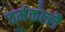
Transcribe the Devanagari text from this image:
वर्मकल्लै